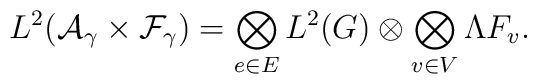
L^2({\cal A}_\gamma \times {\cal F}_\gamma) =\bigotimes_{e\in E} L^2(G) \otimes \bigotimes_{v\in V} \Lambda F_v.